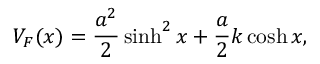
V _ { F } ( x ) = \frac { a ^ { 2 } } 2 \sinh ^ { 2 } x + \frac a 2 k \cosh x ,